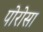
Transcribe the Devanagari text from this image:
पोरोसा